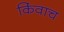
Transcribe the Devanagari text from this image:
किंवाच